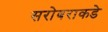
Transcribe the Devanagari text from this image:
सरोबराकडे